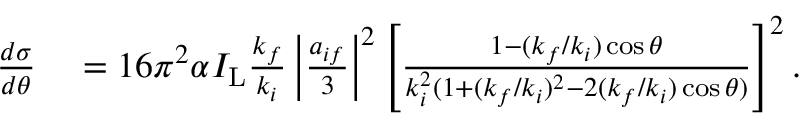
\begin{array} { r l } { \frac { d \sigma } { d \theta } } & { { } = 1 6 \pi ^ { 2 } \alpha I _ { \mathrm { L } } \frac { k _ { f } } { k _ { i } } \left\vert \frac { a _ { i f } } { 3 } \right\vert ^ { 2 } \left[ \frac { 1 - ( k _ { f } / k _ { i } ) \cos \theta } { k _ { i } ^ { 2 } ( 1 + ( k _ { f } / k _ { i } ) ^ { 2 } - 2 ( k _ { f } / k _ { i } ) \cos \theta ) } \right] ^ { 2 } . } \end{array}